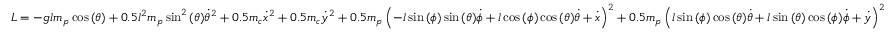
L = - g l m _ { p } \cos { \left( \theta \right) } + 0 . 5 l ^ { 2 } m _ { p } \sin ^ { 2 } { \left( \theta \right) } \dot { \theta } ^ { 2 } + 0 . 5 m _ { c } \dot { x } ^ { 2 } + 0 . 5 m _ { c } \dot { y } ^ { 2 } + 0 . 5 m _ { p } \left( - l \sin { \left( \phi \right) } \sin { \left( \theta \right) } \dot { \phi } + l \cos { \left( \phi \right) } \cos { \left( \theta \right) } \dot { \theta } + \dot { x } \right) ^ { 2 } + 0 . 5 m _ { p } \left( l \sin { \left( \phi \right) } \cos { \left( \theta \right) } \dot { \theta } + l \sin { \left( \theta \right) } \cos { \left( \phi \right) } \dot { \phi } + \dot { y } \right) ^ { 2 }